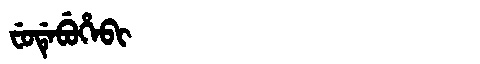
Manchu: ᠸᡠᡩᡝᠪᡠᡥᡝᠪᡳ
Romanization: FUDEBUHEBI